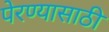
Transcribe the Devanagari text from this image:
पेरण्यासाठी